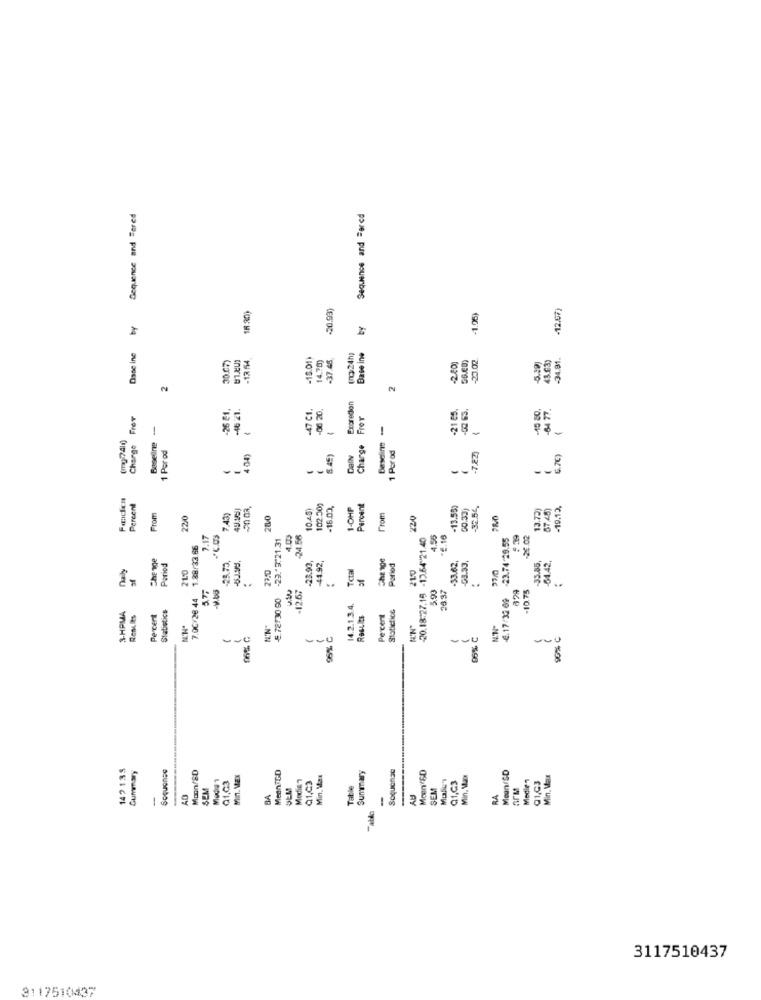
Sequence and Tered
Sequence and Bored
-20.93)
-12.07)
18 20)
1.05)
Dane ine
30.07)
-18.01)
14.70)
-37.46
(no:24h)
Base ine
-20.02.
43.63)
-34.01.
-12. 54
2.400
2
InAYLA
-46 21.
-47 C1.
-06 20.
Excredion
-21 85,
-64 77.
Charge Frer
Frer
Beseling
1
-
-7.224) {
Charge
1 Por od
1 Por od
404)
$ 45)
DaIN
6.70)
--
Percent
10.451
-16.03,
I-OHP
Percent
-13.550
32.54
13.72)
87.45)
-19.13.
From
22/0
280
From
220
7.17
-29."3.21.31
4.03
24.66
-20.18:27.15 -12.64 21.40
23.74-29.55
$ 39
-26.02
1.88/33.86
The nge
-35.55,
Daily
Period
25.72,
-23.99,
44.92,
Tctal
Period
-33.62,
23.0
12.67
3.93
-10.75
..
7.00 26 44
€.72730 90
4837
-6.17/32 69
Statistics
14.2.1.3.4.
Statictice
3-HPMA
Results
Percert
Percent
E'N"
96% C
96% C
$6% C
142135
Summary
Soquohas
Moon/8D
MeanitD
Summary
Sequenze
Mean/SD
Q1,03
Min. Max
Media 7
Q1,Q3
Min, Max
Moen SD
Q1,C3
Min. M.ar
Medie 1
Q1,C3
Min. Max
SEM
Table
SEM
-
-
BA
-
AU
RA
3117510437
3117510437